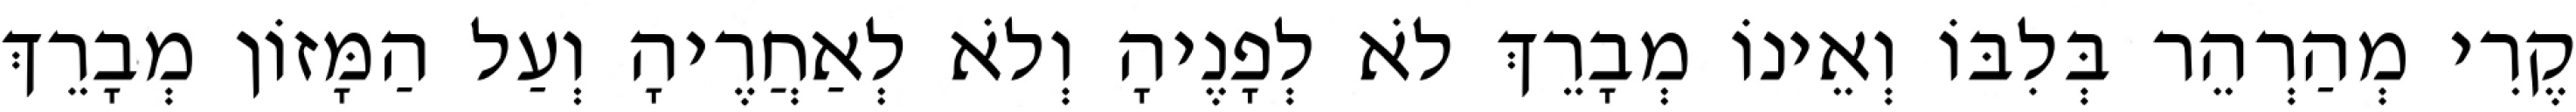
קֶרִי מְהַרְהֵר בְּלִבּוֹ וְאֵינוֹ מְבָרֵךְ לֹא לְפָנֶיהָ וְלֹא לְאַחֲרֶיהָ וְעַל הַמָּזוֹן מְבָרֵךְ